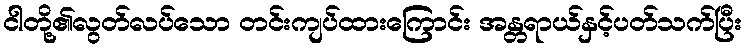
ငါတို့၏လွတ်လပ်သော တင်းကျပ်ထားကြောင်း အန္တရာယ်နှင့်ပတ်သက်ပြီး